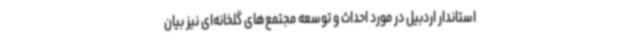
استاندار اردبیل در مورد احداث و توسعه مجتمع‌های گلخانه‌ای نیز بیان